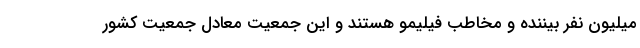
میلیون نفر بیننده و مخاطب فیلیمو هستند و این جمعیت معادل جمعیت کشور